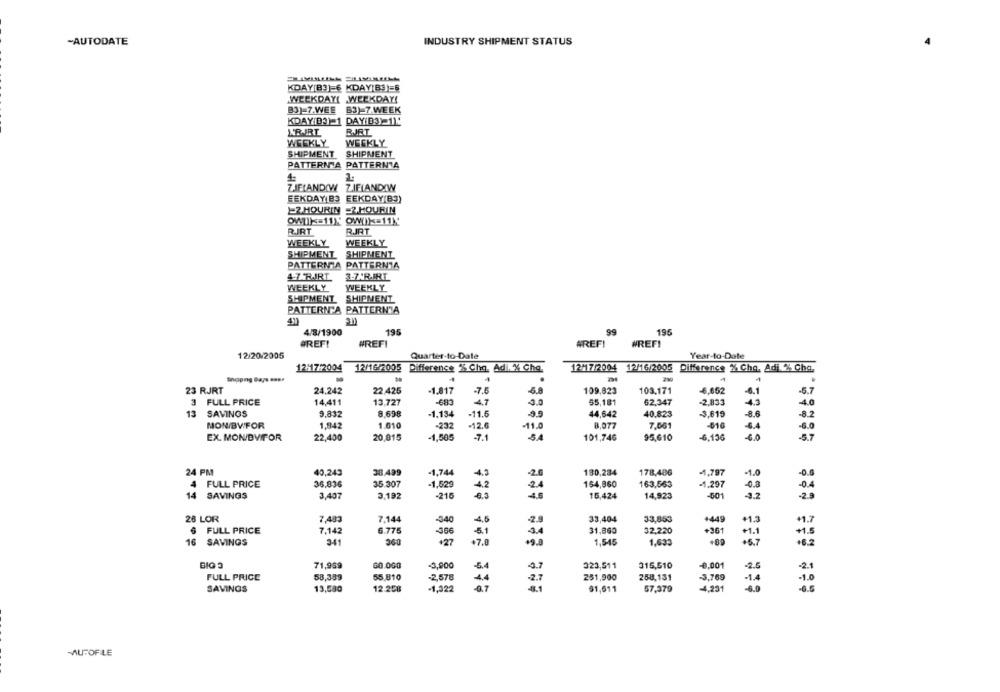
-AUTODATE
INDUSTRY SHIPMENT STATUS
KDAY[B3) € KDAY(B)=
WEEKDAY! WEEKDAY!
B3) 7.WEE 63)-7 WEEK
KDAY DO) 1 DAY D3) 11.
BJJRT
WEEKLY
WEEKLY
SHIPMENT SHIPMENT
PATTERN'A PATTERNTA
ZIFIANDOW ZIFIANDIW
FEKDAY(B3 EEKDAY(B3)
22 HOURIN =2 HOURIN
OWITH 311X' OWI) <= 11)
RJRT
RJRT
WEEKLY
WEEKLY
SHIPMENT
SHIPMENT
PATTERN A PATTERNTA
4.7 RJRT
3.7.R.ART.
WEEKLY
WEEKLY
SHIPMENT
SHIPMENT
PATTERN'A PATTERNTA
65
4/8/1900
195
195
BREF!
#REFI
#REFI
WREF!
12/20/2005
Quarter-to-Date
Year-to-Date
12:177/2004
12/1 7/2004 12/16/2005 Difference % Che, Adi. % Cha.
12/16/2005 Difference % Chq. Ad . % Chq.
Shopng Days esse
23 RJRT
24,242
22.425
-1,817
7.5
5.8
109,823
103.171
-5.7
3 FULL PRICE
14,411
13,727
-683
4.7
3.0
55,181
62,347
-2,833
4.3
4.0
13
SAVINGS
9.832
8.698
-1.134
-11.5
9.9
44,642
40,823
-3.619
-8.6
8.2
MON/BWFOR
1.842
1.610
-232
-12.6
-11.0
8.077
7,561
-610
6.4
-6.0
-7.1
-5.7
EX. MON/BVIFOR
22,400
20,815
-1,505
101,746
95,610
-6,136
6.0
24 PM
40,243
-1,744
-4.3
178,406
-1.0
38.499
130,284
-4,797
-0.6
4 FULL PRICE
36.836
35.307
-1,529
4.2
24
154,860
163,563
-4.297
-0.8
-0.4
14
SAVINGS
3,407
3.192
-216
-6.3
4.6
15,424
14,923
-601
-3.2
-29
28 LOR
7,483
7.144
540
-2.9
33,404
33,853
+449
+1.3
¥1.7
4.0
FULL PRICE
7,142
6.775
-366
5.1
34
31,860
32,220
+361
+1.1
+1.5
7.0
16 SAVINGS
341
360
+27
1,546
1,633
.5.7
.6.2
BIG 3
71,959
60.060
-3,900
5.4
4.7
323,511
315,510
-0,001
-2.5
-21
FULL PRICE
58,339
55.810
-2,578
4.4
-2.7
251,900
258,131
-3,769
-1.4
-1.0
13,580
12.208
-1,322
-4,231
-6.0
-6.0
SAVINGS
51,611
57,379
MUFOFLE